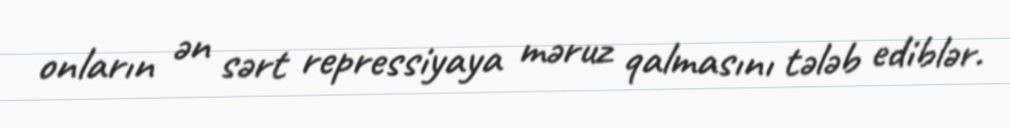
onların ən sərt repressiyaya məruz qalmasını tələb ediblər.